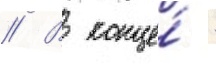
// В конце́ -